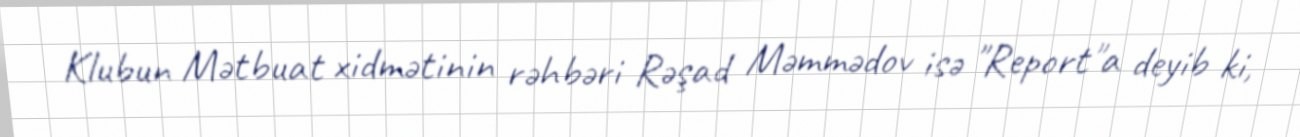
Klubun Mətbuat xidmətinin rəhbəri Rəşad Məmmədov isə "Report"a deyib ki,